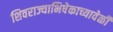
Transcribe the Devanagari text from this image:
शिवराज्याभिषेकाच्यावेळी